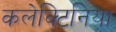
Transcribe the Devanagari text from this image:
कलेक्टिनिया